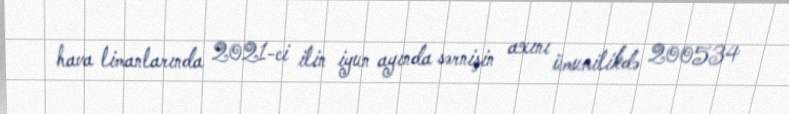
hava limanlarında 2021-ci ilin iyun ayında sərnişin axını ümumilikdə 200534